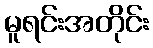
မူရင်းအတိုင်း